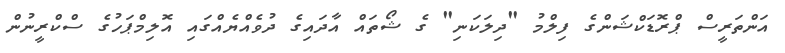
އަންތަރީސް ޕްރޮޑަކްޝަންގެ ފިލްމު "ދިލަކަނި" ގެ ޝޯތައް އާދައިގެ ދުވެއްޔެއްގައި އޮލިމްޕަހުގެ ސްކްރީނުން